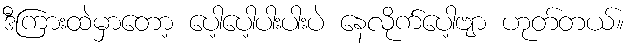
ဒီကြားထဲမှာတော့ ပေါ့ပေါ့ပါးပါးပဲ နေလိုက်ပေါ့ဗျာ ဟုတ်တယ်။